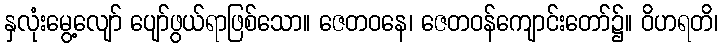
နှလုံးမွေ့လျော် ပျော်ဖွယ်ရာဖြစ်သော။ ဇေတဝနေ၊ ဇေတဝန်ကျောင်းတော်၌။ ဝိဟရတိ၊